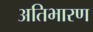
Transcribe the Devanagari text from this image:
अतिभारण